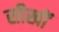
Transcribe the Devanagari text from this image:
सीखों